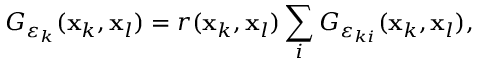
G _ { \boldsymbol { \varepsilon } _ { k } } ( \mathbf { x } _ { k } , \mathbf { x } _ { l } ) = r ( \mathbf { x } _ { k } , \mathbf { x } _ { l } ) \sum _ { i } G _ { { \varepsilon } _ { k i } } ( \mathbf { x } _ { k } , \mathbf { x } _ { l } ) ,